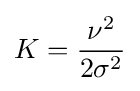
K={\frac {\nu ^{2}}{2\sigma ^{2}}}